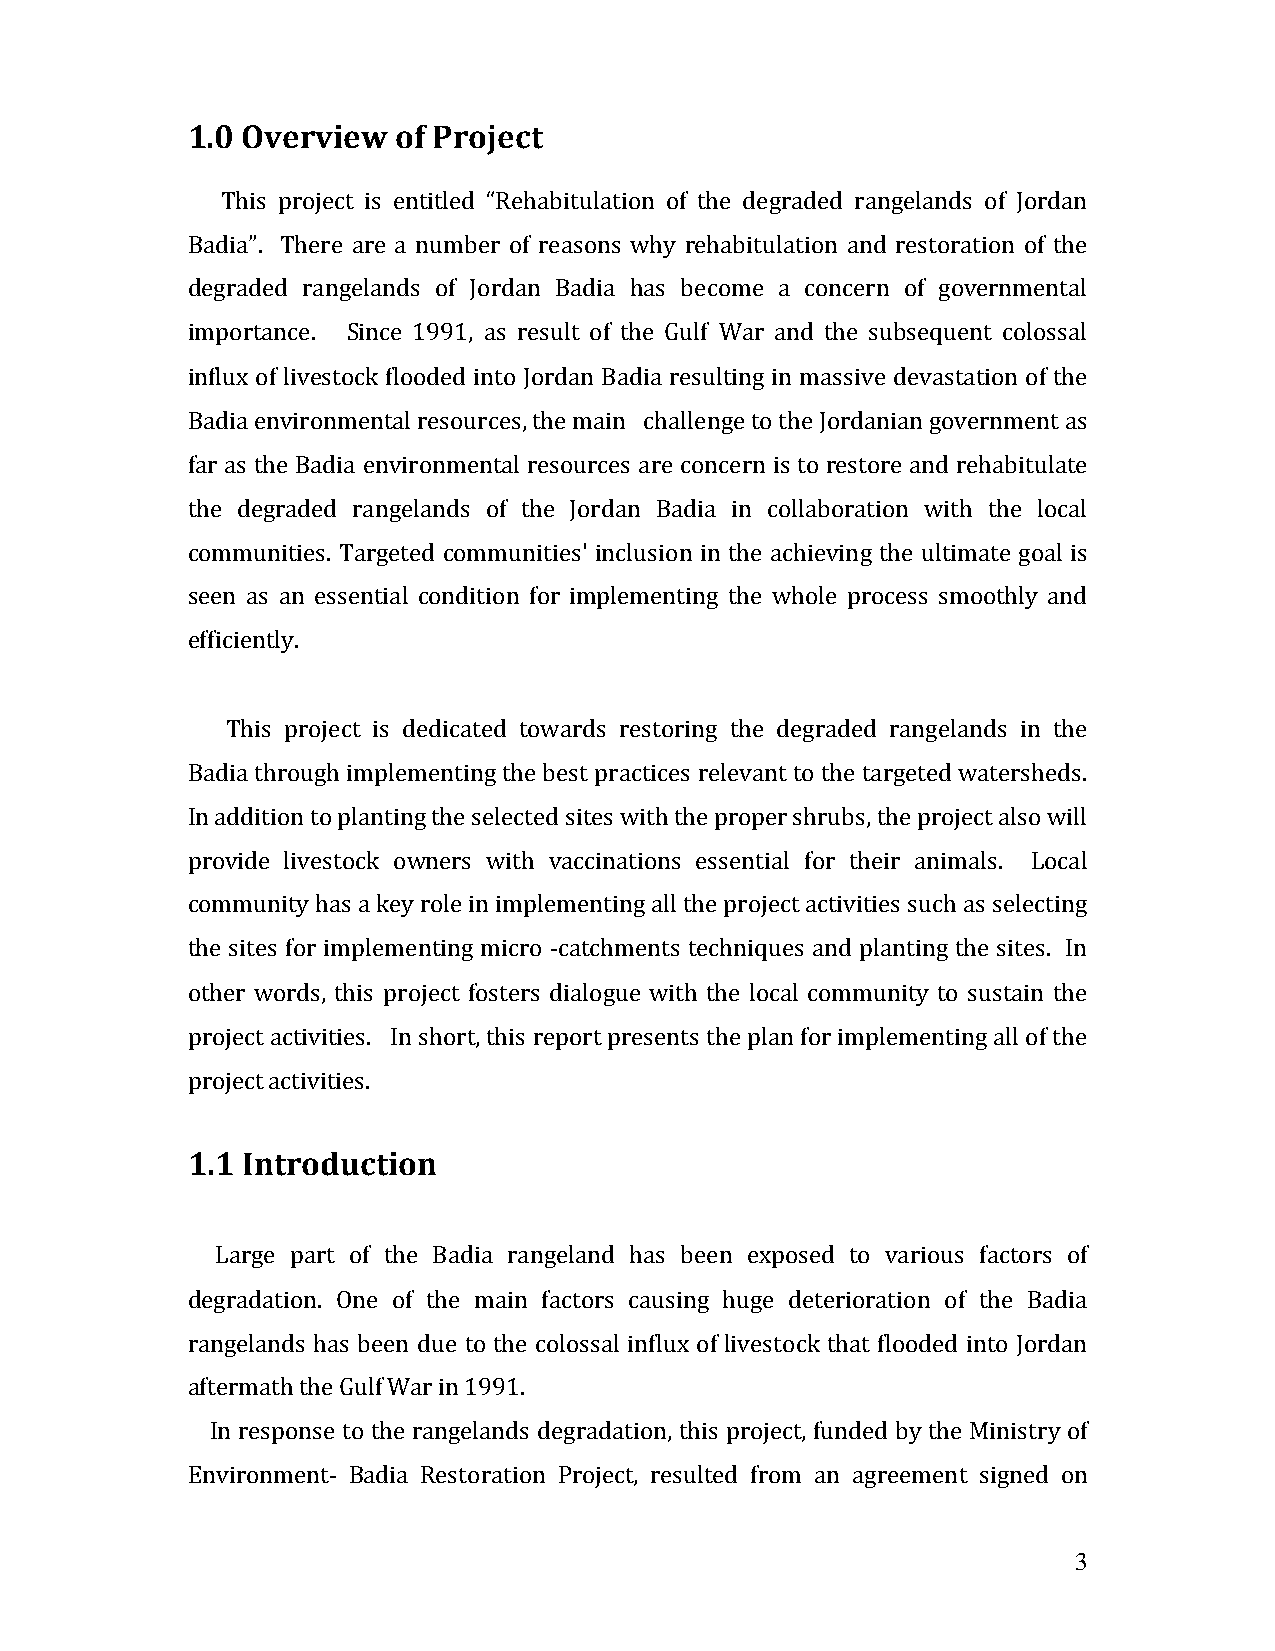
1.0 Overview  of Project
 This project is entitled “Rehabitulation of the degraded rangelands of Jordan
 Badia”. There are a number of reasons why rehabitulation and restoration of the
 degraded rangelands of Jordan Badia has become a concern of governmental
 importance. Since 1991, as result of the Gulf War and the subsequent colossal
 influx of livestock flooded into Jordan Badia resulting in massive devastation of the
 Badia environmental resources, the main challenge to the Jordanian government as
 far as the Badia environmental resources are concern is to restore and rehabitulate
 the degraded rangelands of the Jordan Badia in collaboration with the local
 communities. Targeted communities' inclusion in the achieving the ultimate goal is
 seen as an essential condition for implementing the whole process smoothly and
 efficiently.
 This project is dedicated towards restoring the degraded rangelands in the
 Badia through implementing the best practices relevant to the targeted watersheds.
 In addition to planting the selected sites with the proper shrubs, the project also will
 provide livestock owners with vaccinations essential for their animals. Local
 community has a key role in implementing all the project activities such as selecting
 the sites for implementing micro -catchments techniques and planting the sites. In
 other words, this project fosters dialogue with the local community to sustain the
 project activities. In short, this report presents the plan for implementing all of the
 project activities.
 1.1 Introduction
 Large part of the Badia rangeland has been exposed to various factors of
 degradation. One of the main factors causing huge deterioration of the Badia
 rangelands has been due to the colossal influx of livestock that flooded into Jordan
 aftermath the Gulf War in 1991.
 In response to the rangelands degradation, this project, funded by the Ministry of
 Environment- Badia Restoration Project, resulted from an agreement signed on
 3